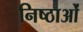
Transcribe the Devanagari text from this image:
निष्ठाओं